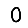
Digit: 0